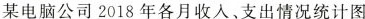
某电脑公司2018年各月收入，支出情况统计图